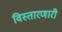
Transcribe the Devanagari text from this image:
विस्तारणारी